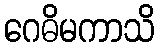
ဂေဓိမကာသိ